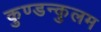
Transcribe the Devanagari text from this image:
कुण्डन्कुलम